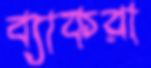
ব্যাকরা